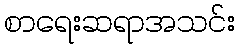
စာရေးဆရာအသင်း